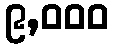
၉,၀၀၀